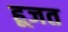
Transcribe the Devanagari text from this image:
हूजत